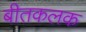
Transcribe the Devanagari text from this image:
बीतकलक